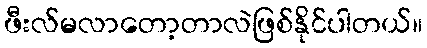
ဖီးလ်မလာတော့တာလဲဖြစ်နိုင်ပါတယ်။